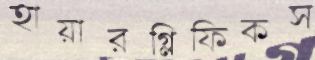
হায়ারগ্লিফিকস